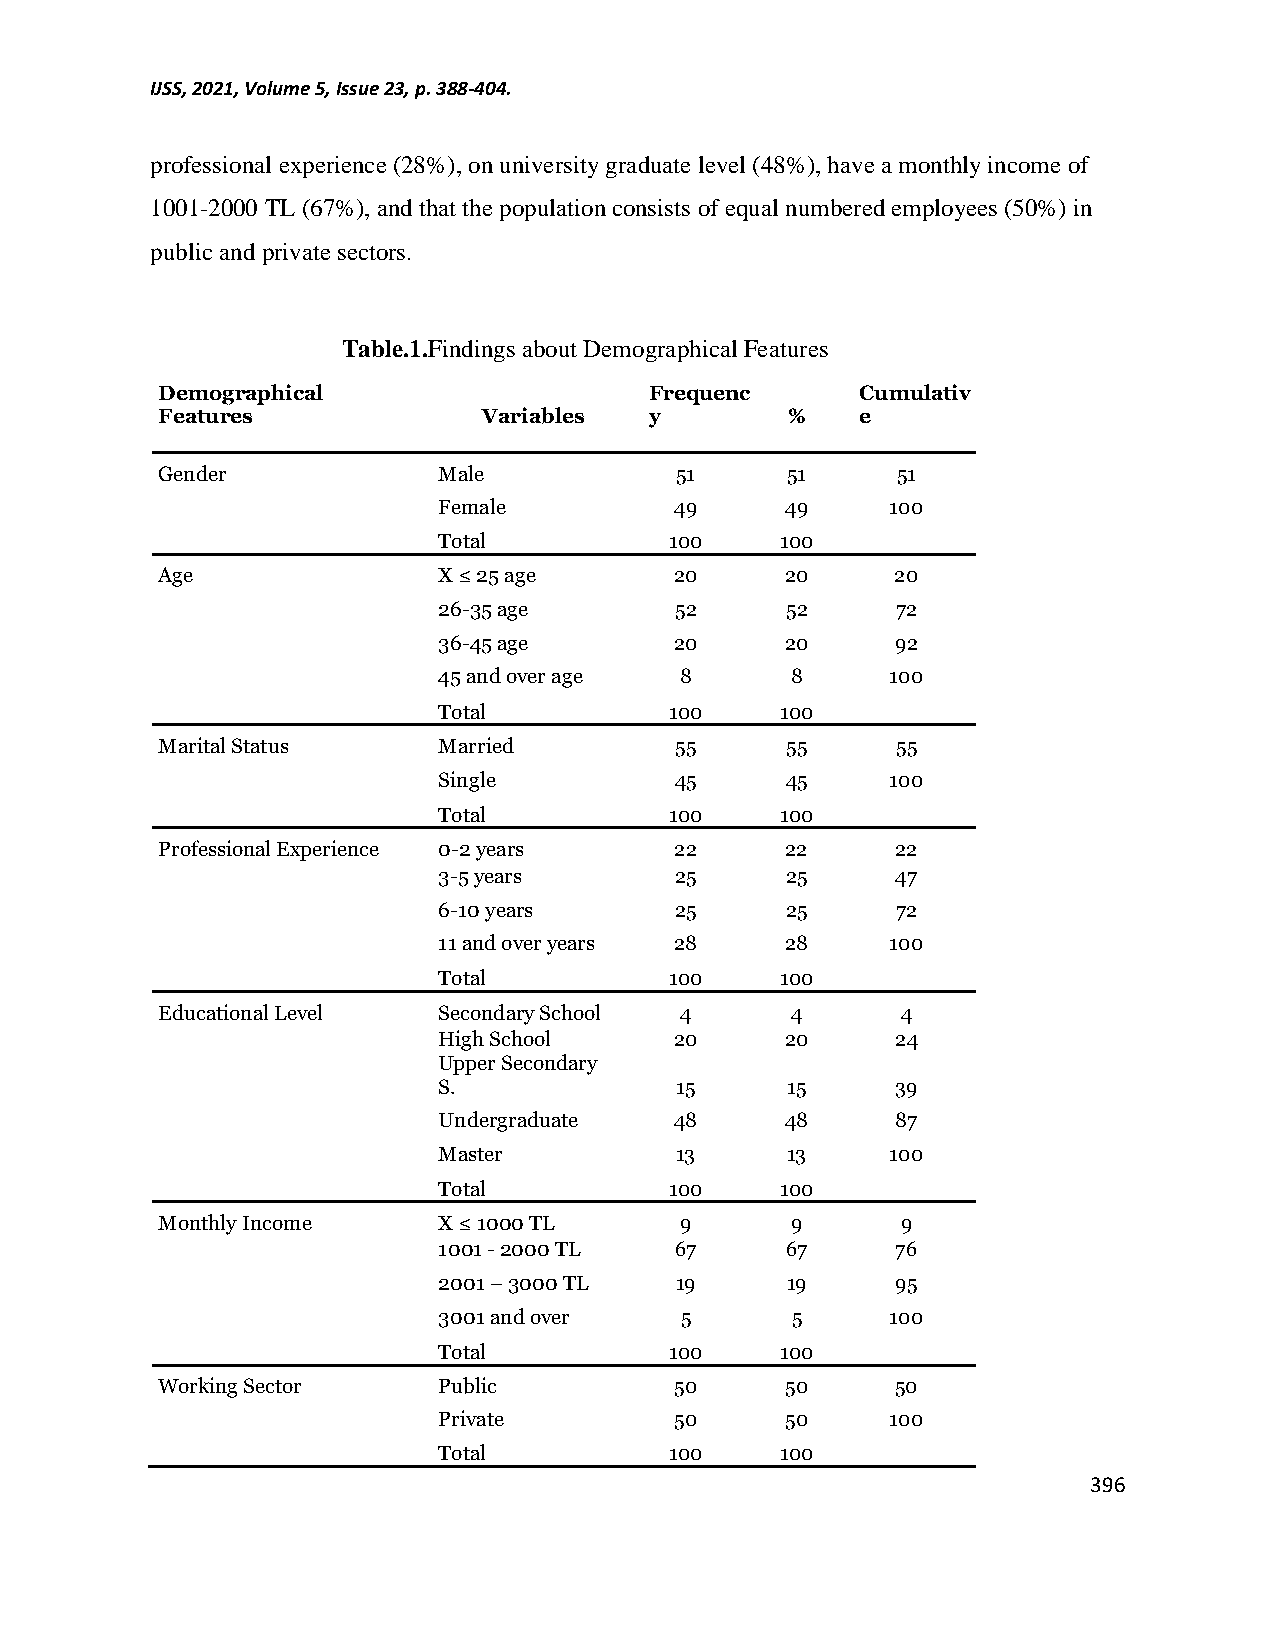
IJSS, 2021, Volume 5, Issue 23, p. 388-404.
 professional experience (28%), on university graduate level (48%), have a monthly income of
 1001-2000 TL (67%), and that the population consists of equal numbered employees (50%) in
 public and private sectors.
 Table.1.Findings about Demographical Features
 Demographical                    Frequenc      Cumulativ
 Features              Variables  y        %    e
 Gender             Male            51     51     51
 Female          49     49     100
 Total          100     100
 Age                X ≤ 25 age      20     20     20
 26-35 age       52     52     72
 36-45 age       20     20     92
 45 and over age 8      8      100
 Total          100     100
 Marital Status     Married         55     55     55
 Single          45     45     100
 Total          100     100
 Professional Experience 0-2 years  22     22     22
 3-5 years       25     25     47
 6-10 years      25     25     72
 11 and over years 28   28     100
 Total          100     100
 Educational Level  Secondary School 4     4       4
 High School     20     20     24
 Upper Secondary
 S.              15     15     39
 Undergraduate   48     48     87
 Master          13     13     100
 Total          100     100
 Monthly Income     X ≤ 1000 TL     9      9       9
 1001 - 2000 TL  67     67     76
 2001 – 3000 TL  19     19     95
 3001 and over   5      5      100
 Total          100     100
 Working Sector     Public          50     50     50
 Private         50     50     100
 Total          100     100
 396